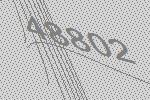
48802